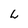
Character: L